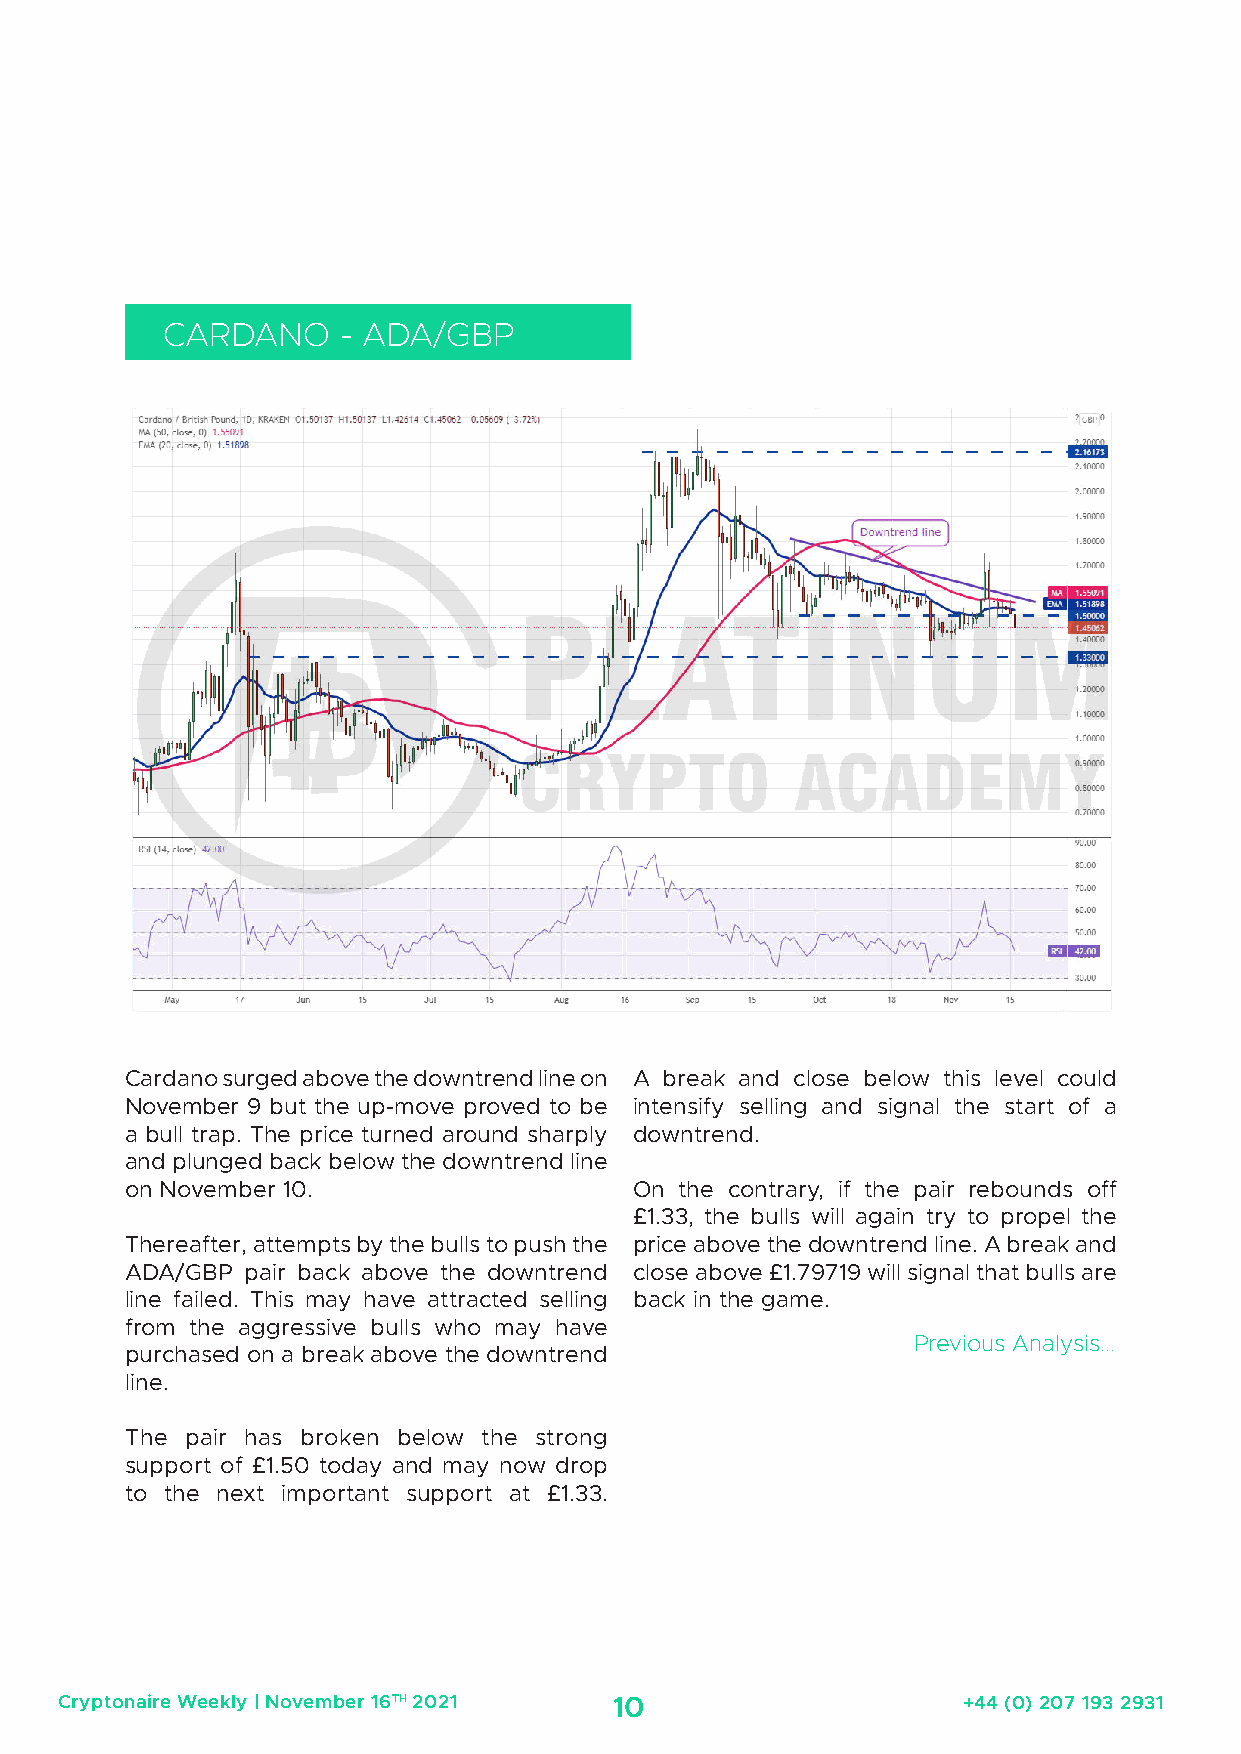
CARDANO    - ADA/GBP
 Cardano surged above the downtrend line on A break and close below this level could
 November 9 but the up-move proved to be intensify selling and signal the start of a
 a bull trap. The price turned around sharply downtrend.
 and plunged back below the downtrend line
 on November 10.                   On the contrary, if the pair rebounds off
 £1.33, the bulls will again try to propel the
 Thereafter, attempts by the bulls to push the price above the downtrend line. A break and
 ADA/GBP pair back above the downtrend close above £1.79719 will signal that bulls are
 line failed. This may have attracted selling back in the game.
 from the aggressive bulls who may have
 Previous Analysis...
 purchased on a break above the downtrend
 line.
 The pair has broken below the strong
 support of £1.50 today and may now drop
 to the next important support at £1.33.
 Cryptonaire Weekly | November 16TH 2021 10                  +44 (0) 207 193 2931